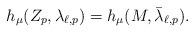
LaTeX: \begin{align*}h_{\mu}(Z_{p},\lambda_{\ell,p})=h_{\mu}(M,\bar{\lambda}_{\ell,p}).\end{align*}